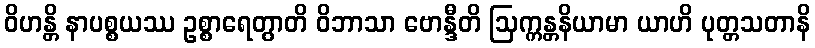
ဝိဟန္တိ နာပစ္စယဿ ဥစ္စာရေတွာတိ ဝိဘာသာ ဗောန္ဒီတိ ဩက္ကန္တနိယာမာ ယာဟိ ပုတ္တသတာနိ